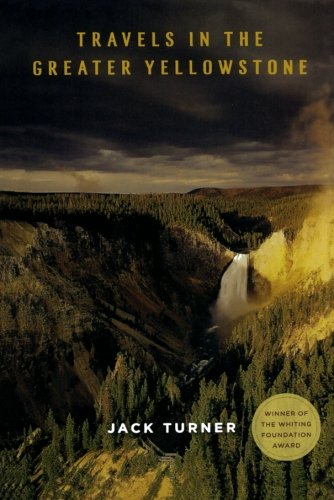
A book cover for Travels in the Greater Yellowstone; Jack Turner; Travel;